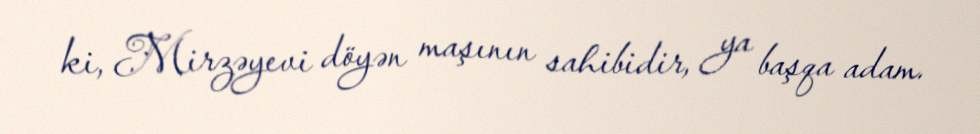
ki, Mirzəyevi döyən maşının sahibidir, ya başqa adam.